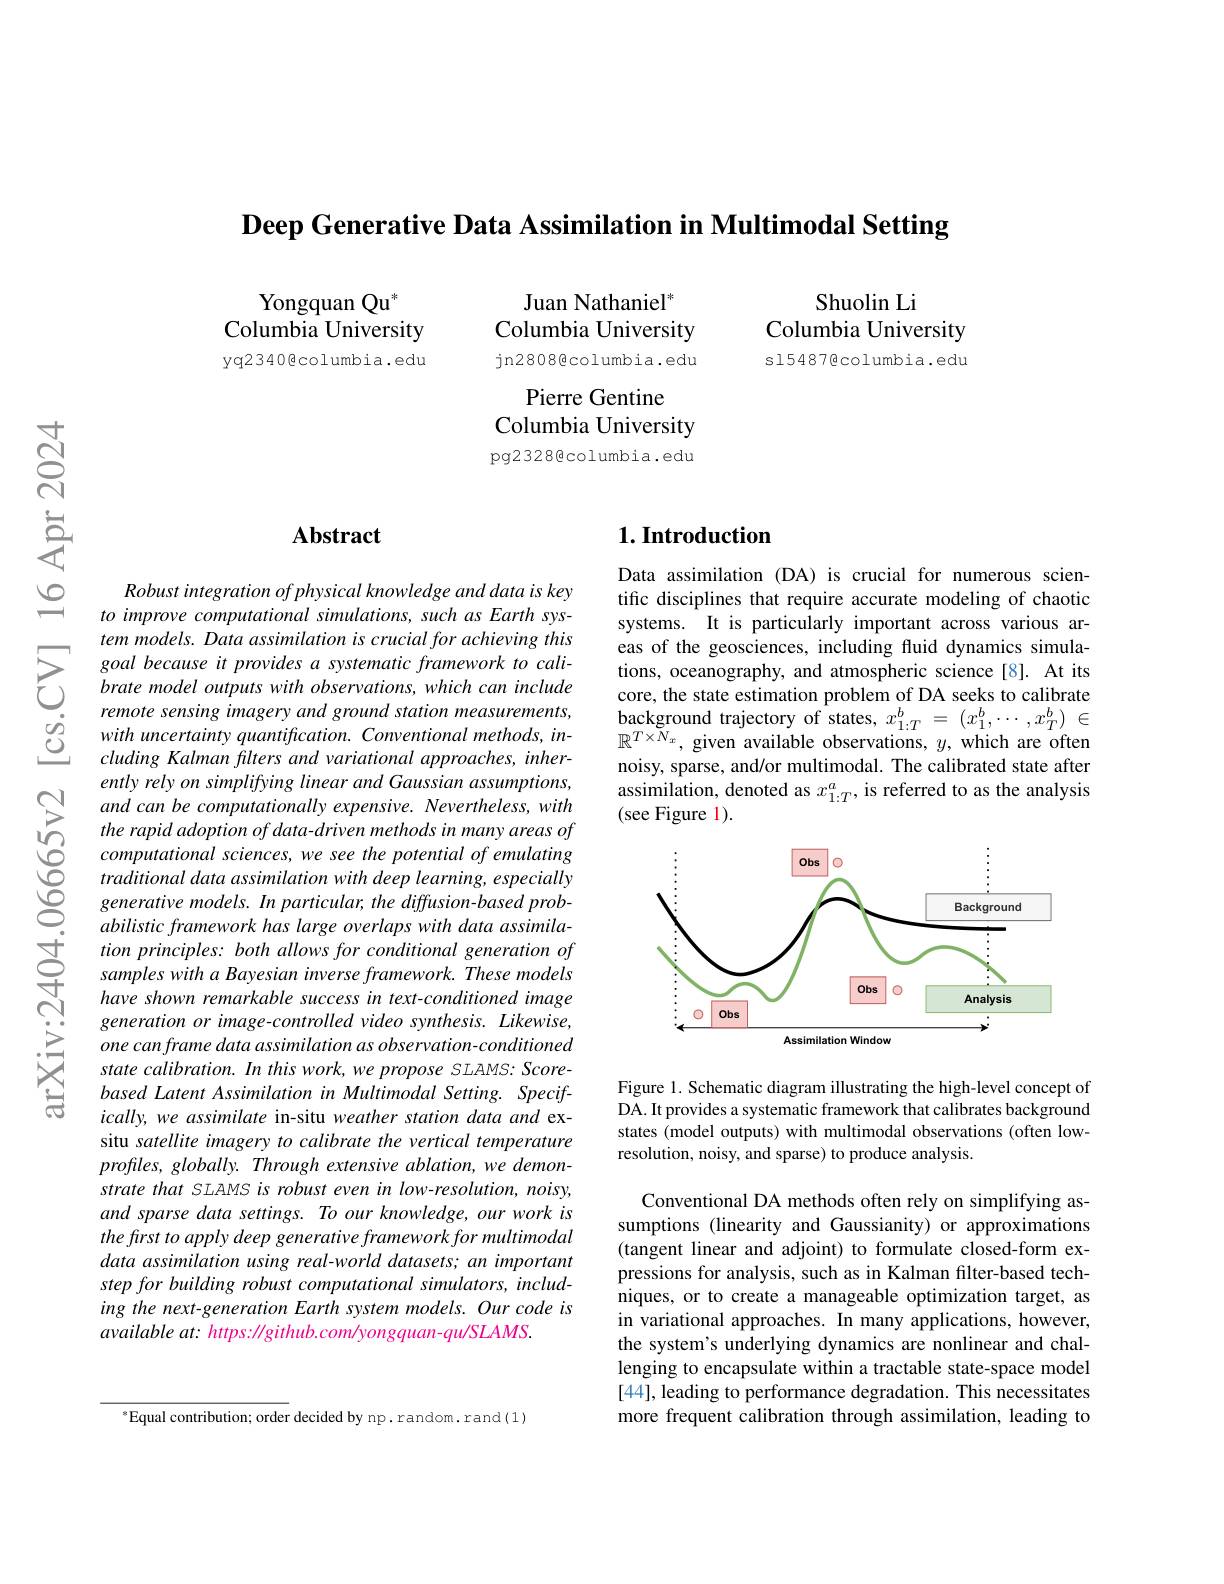
Deep Generative Data Assimilation in Multimodal Setting

Shuolin Li
Columbia University s154876columbia.edu

Yongquan Qu$^{*}$
Columbia University yq23400columbia.edu

Juan Nathaniel$^{*}$
Columbia University jn2808@columbia.edu
Pierre Gentine
Columbia University pg2328@columbia.edu

## $\mathbf{Abstract}$

Robust integration of physical knowledge and data is key to improve computational simulations, such as Earth system models. Data assimilation is crucial for achieving this goal because it provides a systematic framework to calibrate model outputs with observations, which can include remote sensing imagery and ground station measurements, with uncertainty quantification. Conventional methods, including Kalman filters and variational approaches, inherently rely on simplifying linear and Gaussian assumptions, and can be computationally expensive. Nevertheless, with the rapid adoption of data- driven methods in many areas of computational sciences, we see the potential of emulating traditional data assimilation with deep learning, especially generative models. In particular, the diffusion-based probabilistic framework has large overlaps with data assimila-
$\begin{array}{llll}&\text{tion principles: both allows for conditional generation of}\\\text{さ}&\text{samples with a Bayesian imverse framework. These models}\\\mathrm{A}&\text{have shown remarkable success in text-conditioned image}\end{array}$
generation or image-controlled video synthesis. Likewise, one can frame data assimilation as observation-conditioned state calibration. In this work, we propose SLAMS: Scorebased Latent Assimilation in Multimodal Setting. Specifically, we assimilate in-situ weather station data and exsitu satellite imagery to calibrate the vertical temperature $profles,globally.Throughextensiveablation,wedemon-$ strate that SLAMS is robust even in low-resolution, noisy, and sparse data settings. To our knowledge, our work is the first to apply deep generative framework for multimodal data assimilation using real-world datasets; an important step for building robust computational simulators, including the next-generation Earth system models. Our code is available at: https: //github.com/yongquan- qu/SLAMS.

### $1. \textbf{Introduction}$

Data assimilation (DA) is crucial for numerous scientific disciplines that require accurate modeling of chaotic systems. It is particularly important across various areas of the geosciences, including fluid dynamics simulations, oceanography, and atmospheric science[8]. At its core, the state estimation problem of DA seeks to calibrate $\begin{array}{l}{\mathrm{background~trajectory~of~states,~}x_{1:T}^{b}=~(x_{1}^{b},\cdots,x_{T}^{b})~\in}\\{\mathbb{R}^{T\times N_{x}},~\mathrm{given~available~observations,~}y,~\mathrm{which~are~often}}\end{array}$ noisy, sparse, and/or multimodal. The calibrated state after assimilation, denoted as $x_1:T^a$, is referred to as the analysis (see Figure 1).

<FigureHere>

Figure 1. Schematic diagram illustrating the high-level concept of DA. It provides a systematic framework that calibrates background states (model outputs) with multimodal observations (often lowresolution, noisy, and sparse) to produce analysis.

Conventional DA methods often rely on simplifying assumptions (linearity and Gaussianity) or approximations (tangent linear and adjoint) to formulate closed-form expressions for analysis, such as in Kalman filter-based techniques, or to create a manageable optimization target, as in variational approaches. In many applications, however, the system's underlying dynamics are nonlinear and challenging to encapsulate within a tractable state-space model [44], leading to performance degradation. This necessitates more frequent calibration through assimilation, leading to

$^{*}$Equal contribution; order decided by np. random. rand(1)